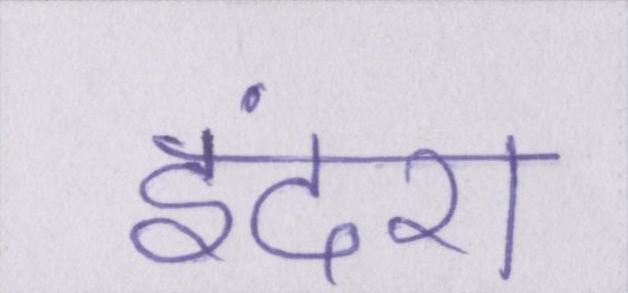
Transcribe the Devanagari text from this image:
इंदरा